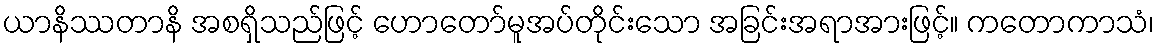
ယာနိဿတာနိ အစရှိသည်ဖြင့် ဟောတော်မူအပ်တိုင်းသော အခြင်းအရာအားဖြင့်။ ကတောကာသံ၊